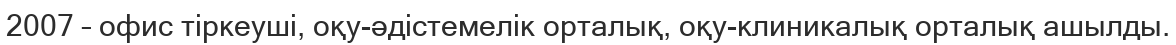
2007 – офис тіркеуші, оқу-әдістемелік орталық, оқу-клиникалық орталық ашылды.